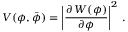
V ( \phi , \bar { \phi } ) = \left| \frac { \partial \, { \cal W } ( \phi ) } { \partial \phi } \right| ^ { 2 } \, .